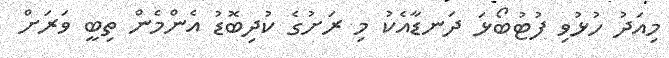
މިއަދު ހުޅުވި ފުޓުބޯޅަ ދަނޑާއެކު މި ރަށުގެ ކުދިބޮޑު އެންމެން ތިބީ ވަރަށް